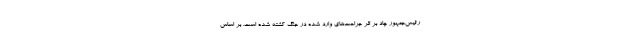
رئیس‌جمهور چاد بر اثر جراحت‌های وارد شده در جنگ کشته شده است. بر اساس